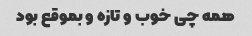
همه چی خوب و تازه و بموقع بود